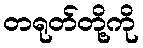
တရုတ်တို့ကို